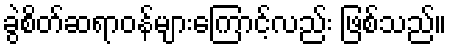
ခွဲစိတ်ဆရာဝန်များကြောင့်လည်း ဖြစ်သည်။